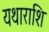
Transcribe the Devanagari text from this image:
यथाराशि